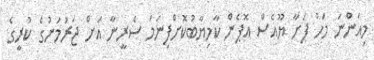
މިއަންނަ މަހު ފަށާ ޔޫއެސް އޮޕެން ކާމިޔާބުކޮށްފިނަމަ ސެރީނާ އަށް ޖަރުމަނުގެ ކުރީގެ